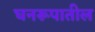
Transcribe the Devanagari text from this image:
घनरूपातील